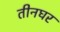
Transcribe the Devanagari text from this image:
तीनघर